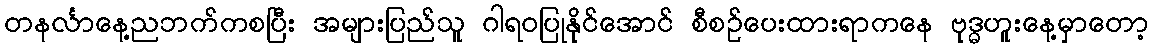
တနင်္လာနေ့ညဘက်ကစပြီး အများပြည်သူ ဂါရဝပြုနိုင်အောင် စီစဉ်ပေးထားရာကနေ ဗုဒ္ဓဟူးနေ့မှာတော့